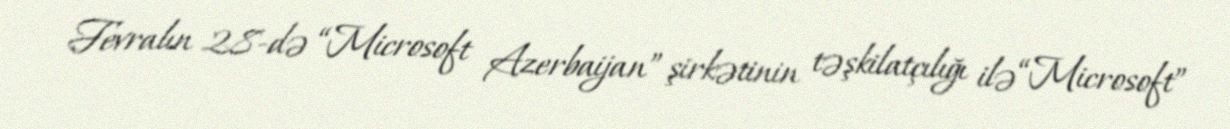
Fevralın 28-də “Microsoft Azerbaijan” şirkətinin təşkilatçılığı ilə “Microsoft”